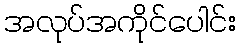
အလုပ်အကိုင်ပေါင်း